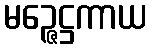
မဉ္ဇေဋ္ဌကာယ